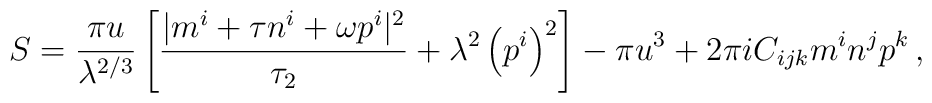
S=\frac{\pi u }{\lambda^{2/3}} \left[ \frac{| m^i + \tau n^i +\omega p^i|^2}{\tau_2} + \lambda^2 \left(p^i\right)^2 \right] -\pi u^3 + 2\pi i C_{ijk} m^i n^j p^k\,,